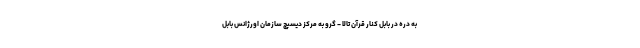
به دره در بابل کنار قرآن تالا - گرو به مرکز دیسپچ سازمان اورژانس بابل